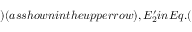
) ( a s s h o w n i n t h e u p p e r r o w ) , E _ { 2 } ^ { \prime } i n E q . (